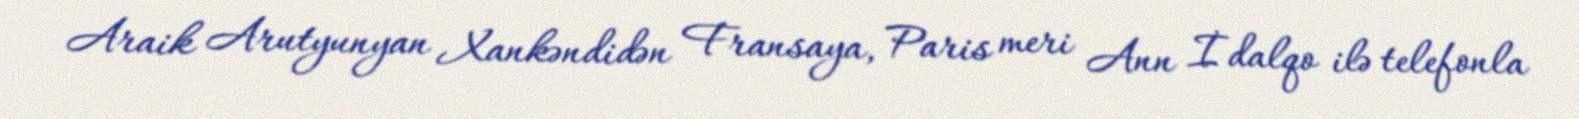
Araik Arutyunyan Xankəndidən Fransaya, Paris meri Ann İdalqo ilə telefonla